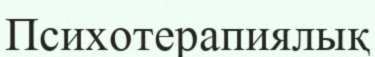
Психотерапиялық